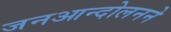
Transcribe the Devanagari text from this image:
जनआन्दोलनने